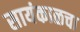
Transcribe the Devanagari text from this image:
सायंकाळचा